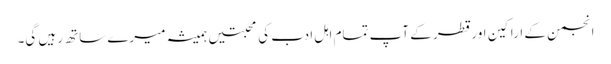
انجمن کے اراکین اور قطر کے آپ تمام اہل ادب کی محبتیں ہمیشہ میرے ساتھ رہیں گی۔